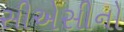
સીએસીનો